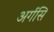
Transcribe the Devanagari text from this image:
अर्गसि